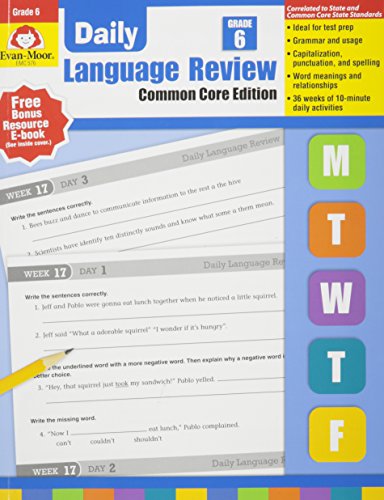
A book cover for Daily Language Review, Grade 6; Jill Norris; Children's Books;